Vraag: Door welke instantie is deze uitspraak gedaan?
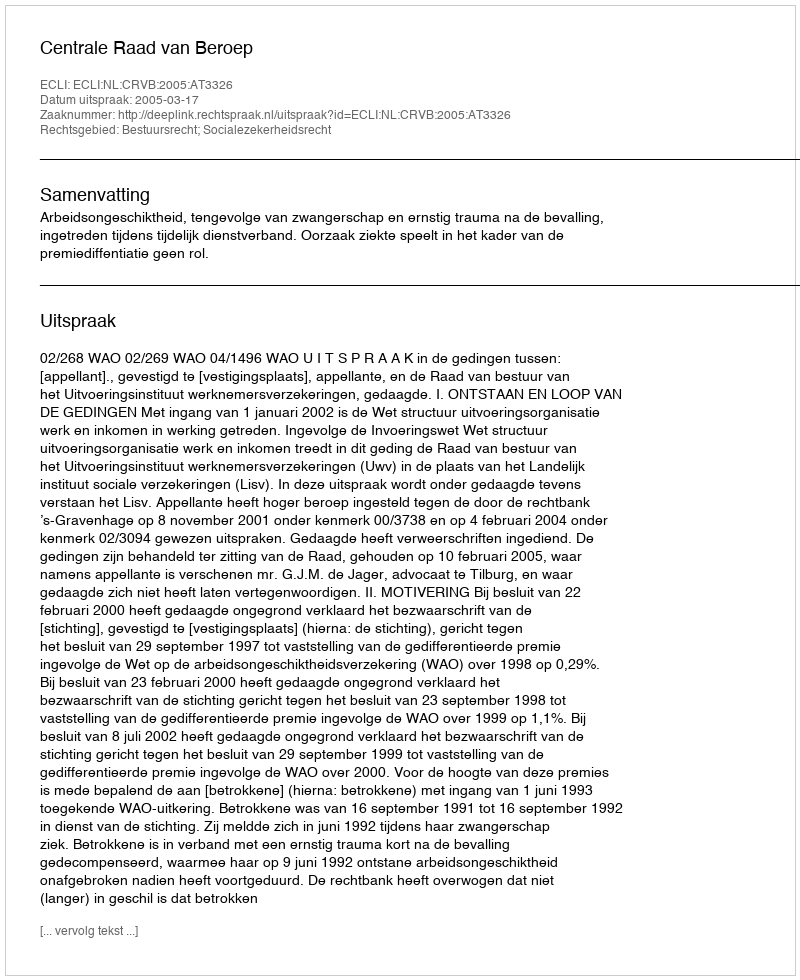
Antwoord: Centrale Raad van Beroep